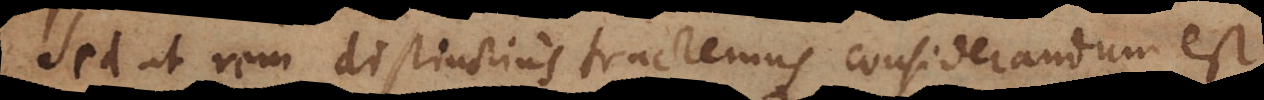
Sed ut rem distinctius tractemus considerandum est